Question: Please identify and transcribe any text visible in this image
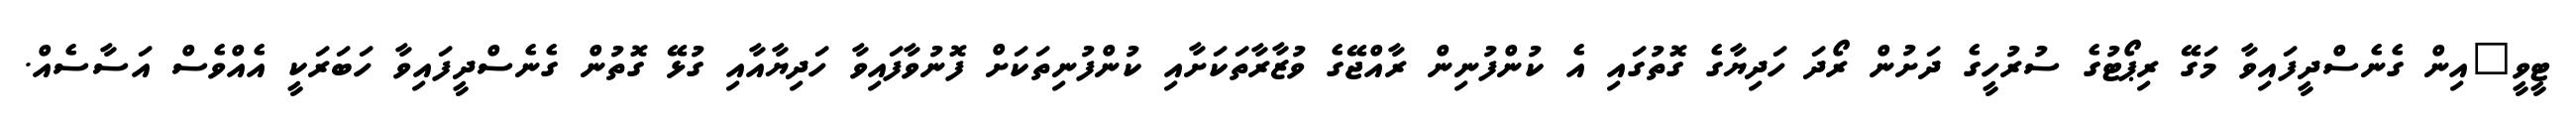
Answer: ޓީވީ"އިން ގެނެސްދީފައިވާ މަގޭ ރިޕޯޓުގެ ސުރުހީގެ ދަށުން ރޯދަ ހަދިޔާގެ ގޮތުގައި އެ ކުންފުނިން ރާއްޖޭގެ ވުޒާރާތަކަށާއި ކުންފުނިތަކަށް ފޮނުވާފައިވާ ހަދިޔާއާއި ގުޅޭ ގޮތުން ގެނެސްދީފައިވާ ހަބަރަކީ އެއްވެސް އަސާސެއް.